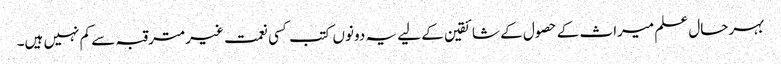
بہرحال علم میراث کے حصول کے شائقین کے لیے یہ دونوں کتب کسی نعمت غیرمترقبہ سے کم نہیں ہیں۔